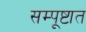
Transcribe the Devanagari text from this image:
सम्पूष्टात